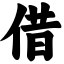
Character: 借